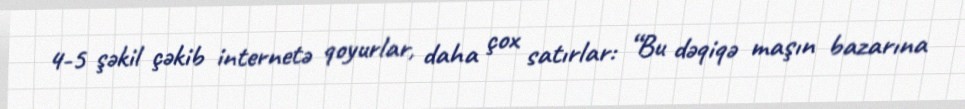
4-5 şəkil çəkib internetə qoyurlar, daha çox satırlar: “Bu dəqiqə maşın bazarına